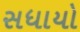
સધાયો